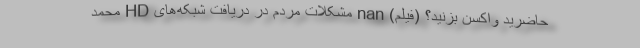
حاضرید واکسن بزنید؟ (فیلم) nan مشکلات مردم در دریافت شبکه‌های HD محمد